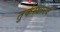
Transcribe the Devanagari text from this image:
तुर्कस्थानचे